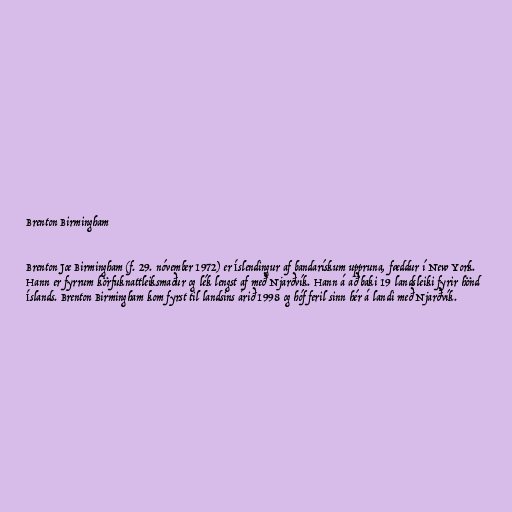
Brenton Birmingham

Brenton Joe Birmingham (f. 29. nóvember 1972) er Íslendingur af bandarískum uppruna, fæddur í New York.
Hann er fyrrum körfuknattleiksmaður og lék lengst af með Njarðvík. Hann á að baki 19 landsleiki fyrir hönd
Íslands. Brenton Birmingham kom fyrst til landsins árið 1998 og hóf feril sinn hér á landi með Njarðvík.